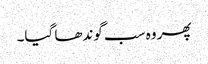
پھر وہ سب گوندھا گیا۔